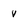
Character: v